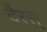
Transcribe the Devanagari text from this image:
दैरस्